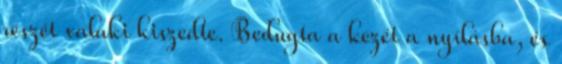
részét valaki kiszedte. Bedugta a kezét a nyílásba, és